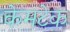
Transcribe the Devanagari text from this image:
केमटेक